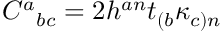
\begin{array} { r } { C ^ { a } { } _ { b c } = 2 h ^ { a n } t _ { ( b } \kappa _ { c ) n } } \end{array}